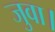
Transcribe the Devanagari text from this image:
जुवा।